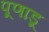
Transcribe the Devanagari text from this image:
पूणाडू